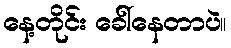
နေ့တိုင်း ခေါ်နေတာပဲ။